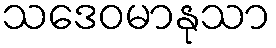
သဒေဝမာနုသာ